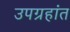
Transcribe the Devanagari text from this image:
उपग्रहांत